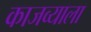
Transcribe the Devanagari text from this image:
काजव्याला